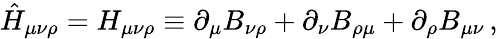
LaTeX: \hat{H}_{\mu\nu\rho}=H_{\mu\nu\rho}\equiv\partial_{\mu}B_{\nu\rho}+\partial_{\nu}B_{\rho\mu}+\partial_{\rho}B_{\mu\nu}\, ,